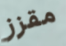
مقزز